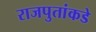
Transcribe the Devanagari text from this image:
राजपुतांकडे